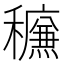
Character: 𰨿